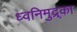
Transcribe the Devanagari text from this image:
ध्वनिमुद्र्का